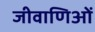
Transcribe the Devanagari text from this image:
जीवाणिओं